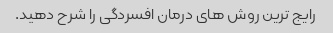
رایج ترین روش های درمان افسردگی را شرح دهید.